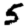
Digit: 5